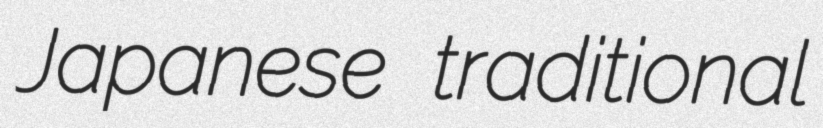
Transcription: Japanese traditional